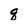
Character: q